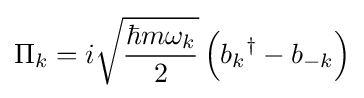
\Pi _{k}=i{\sqrt {\frac {\hbar m\omega _{k}}{2}}}\left({b_{k}}^{\dagger }-b_{-k}\right)